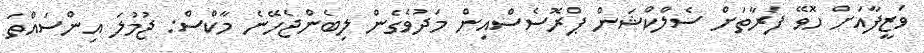
ވަޒީފާއަށް ހޮވޭ ފަރާތަށް ސެލްކްޝަން ޕްރޮސެސްއިން މަދުވެގެން ލިބެންޖެހޭނެ މާކްސް: ޖުމުލަ އިންސައްތަ